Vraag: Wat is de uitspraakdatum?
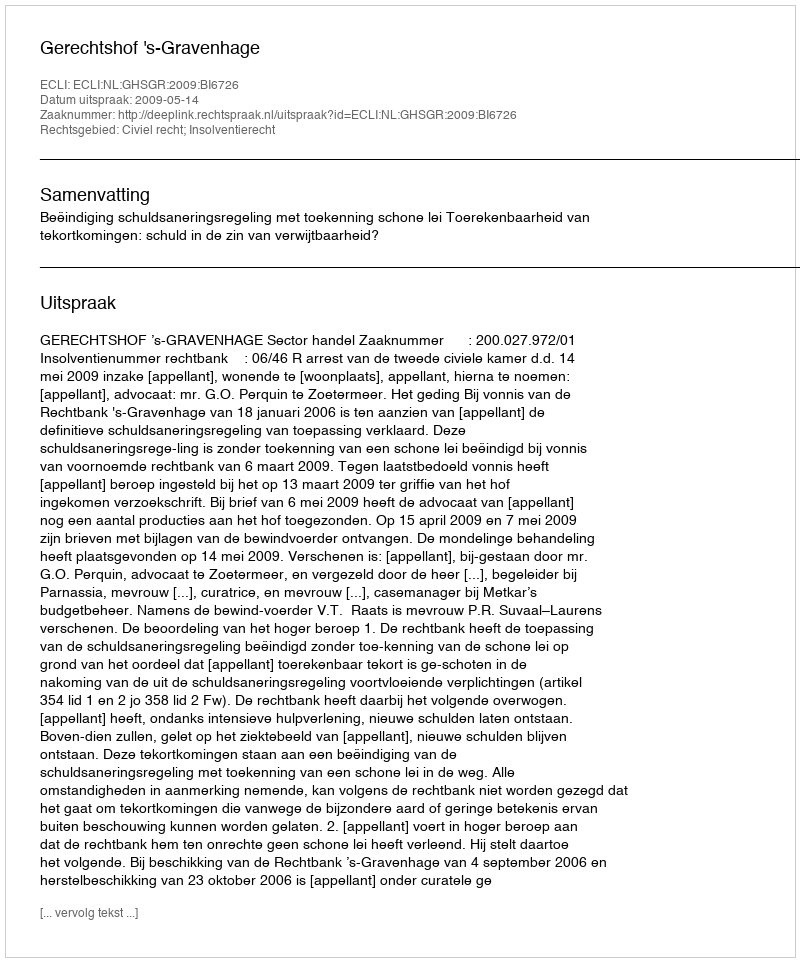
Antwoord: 2009-05-14